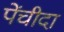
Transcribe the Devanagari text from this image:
पेंचीदा